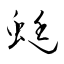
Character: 蜒